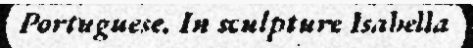
Portuguese. In sculpture Isabella